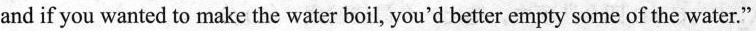
and if you wanted to make the water boil, you'd better empty some of the water."